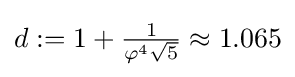
d:=1+{\tfrac {1}{\varphi ^{4}{\sqrt {5}}}}\approx 1.065